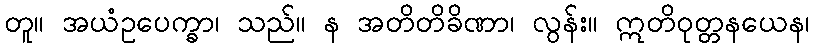
တူ။ အယံဥပေက္ခာ၊ သည်။ န အတိတိခိဏာ၊ လွန်း။ ဣတိဝုတ္တနယေန၊